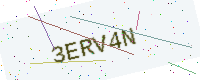
Text: 3ERV4N